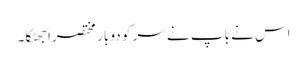
اس نے باپ نے سر کو دو بار مختصراً جھٹکا۔